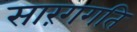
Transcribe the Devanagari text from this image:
सारंगगति